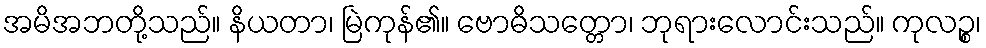
အမိအဘတို့သည်။ နိယတာ၊ မြဲကုန်၏။ ဗောဓိသတ္တော၊ ဘုရားလောင်းသည်။ ကုလဉ္စ၊